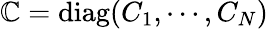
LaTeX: \mathbb{C}=\textrm{diag}(C_{1},\cdots,C_{N})